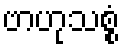
ဗာဟုသစ္စံ